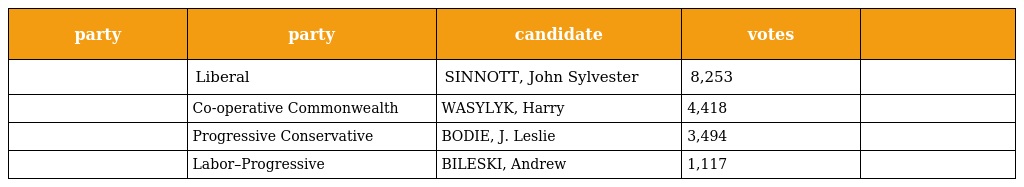
| party | party | candidate | votes |  |
 | --- | --- | --- | --- | --- |
 |  | Liberal | SINNOTT, John Sylvester | 8,253 |  |
 |  | Co-operative Commonwealth | WASYLYK, Harry | 4,418 |  |
 |  | Progressive Conservative | BODIE, J. Leslie | 3,494 |  |
 |  | Labor–Progressive | BILESKI, Andrew | 1,117 |  |